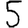
Digit: 5